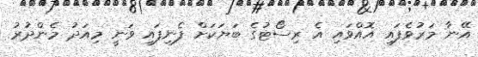
އޭނާ މަރުވެފައި އޮއްވައި އެ ރިސޯޓުގެ ބަޔަކަށް ފެނިފައި ވަނީ މިއަދު މެންދުރު